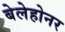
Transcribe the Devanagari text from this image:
बेलेहोनर